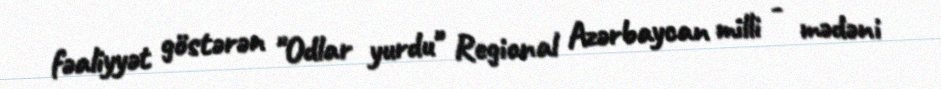
fəaliyyət göstərən "Odlar yurdu" Regional Azərbaycan milli - mədəni